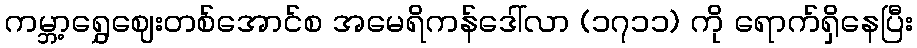
ကမ္ဘာ့ရွှေဈေးတစ်အောင်စ အမေရိကန်ဒေါ်လာ (၁၇၁၁) ကို ရောက်ရှိနေပြီး